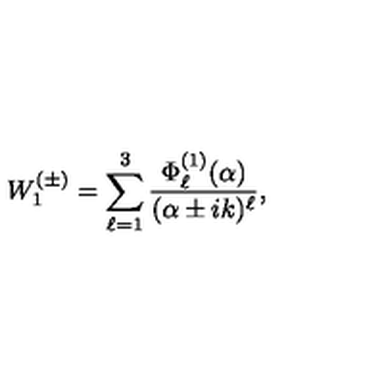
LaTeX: W _ { 1 } ^ { ( \pm ) } = \sum _ { \ell = 1 } ^ { 3 } \frac { \Phi _ { \ell } ^ { ( 1 ) } ( \alpha ) } { ( \alpha \pm i k ) ^ { \ell } } ,